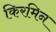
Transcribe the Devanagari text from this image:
किरमिन